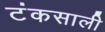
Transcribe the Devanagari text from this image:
टंकसाली